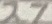
Text: 27